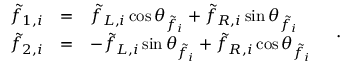
\begin{array} { r c l } { { \tilde { f } _ { 1 , i } } } & { { = } } & { { \tilde { f } _ { L , i } \cos \theta _ { \tilde { f } _ { i } } + \tilde { f } _ { R , i } \sin \theta _ { \tilde { f } _ { i } } } } \\ { { \tilde { f } _ { 2 , i } } } & { { = } } & { { - \tilde { f } _ { L , i } \sin \theta _ { \tilde { f } _ { i } } + \tilde { f } _ { R , i } \cos \theta _ { \tilde { f } _ { i } } } } \end{array} \quad .